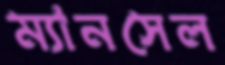
ম্যানসেল